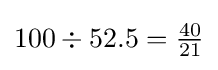
{\textstyle 100\div 52.5={\frac {40}{21}}}